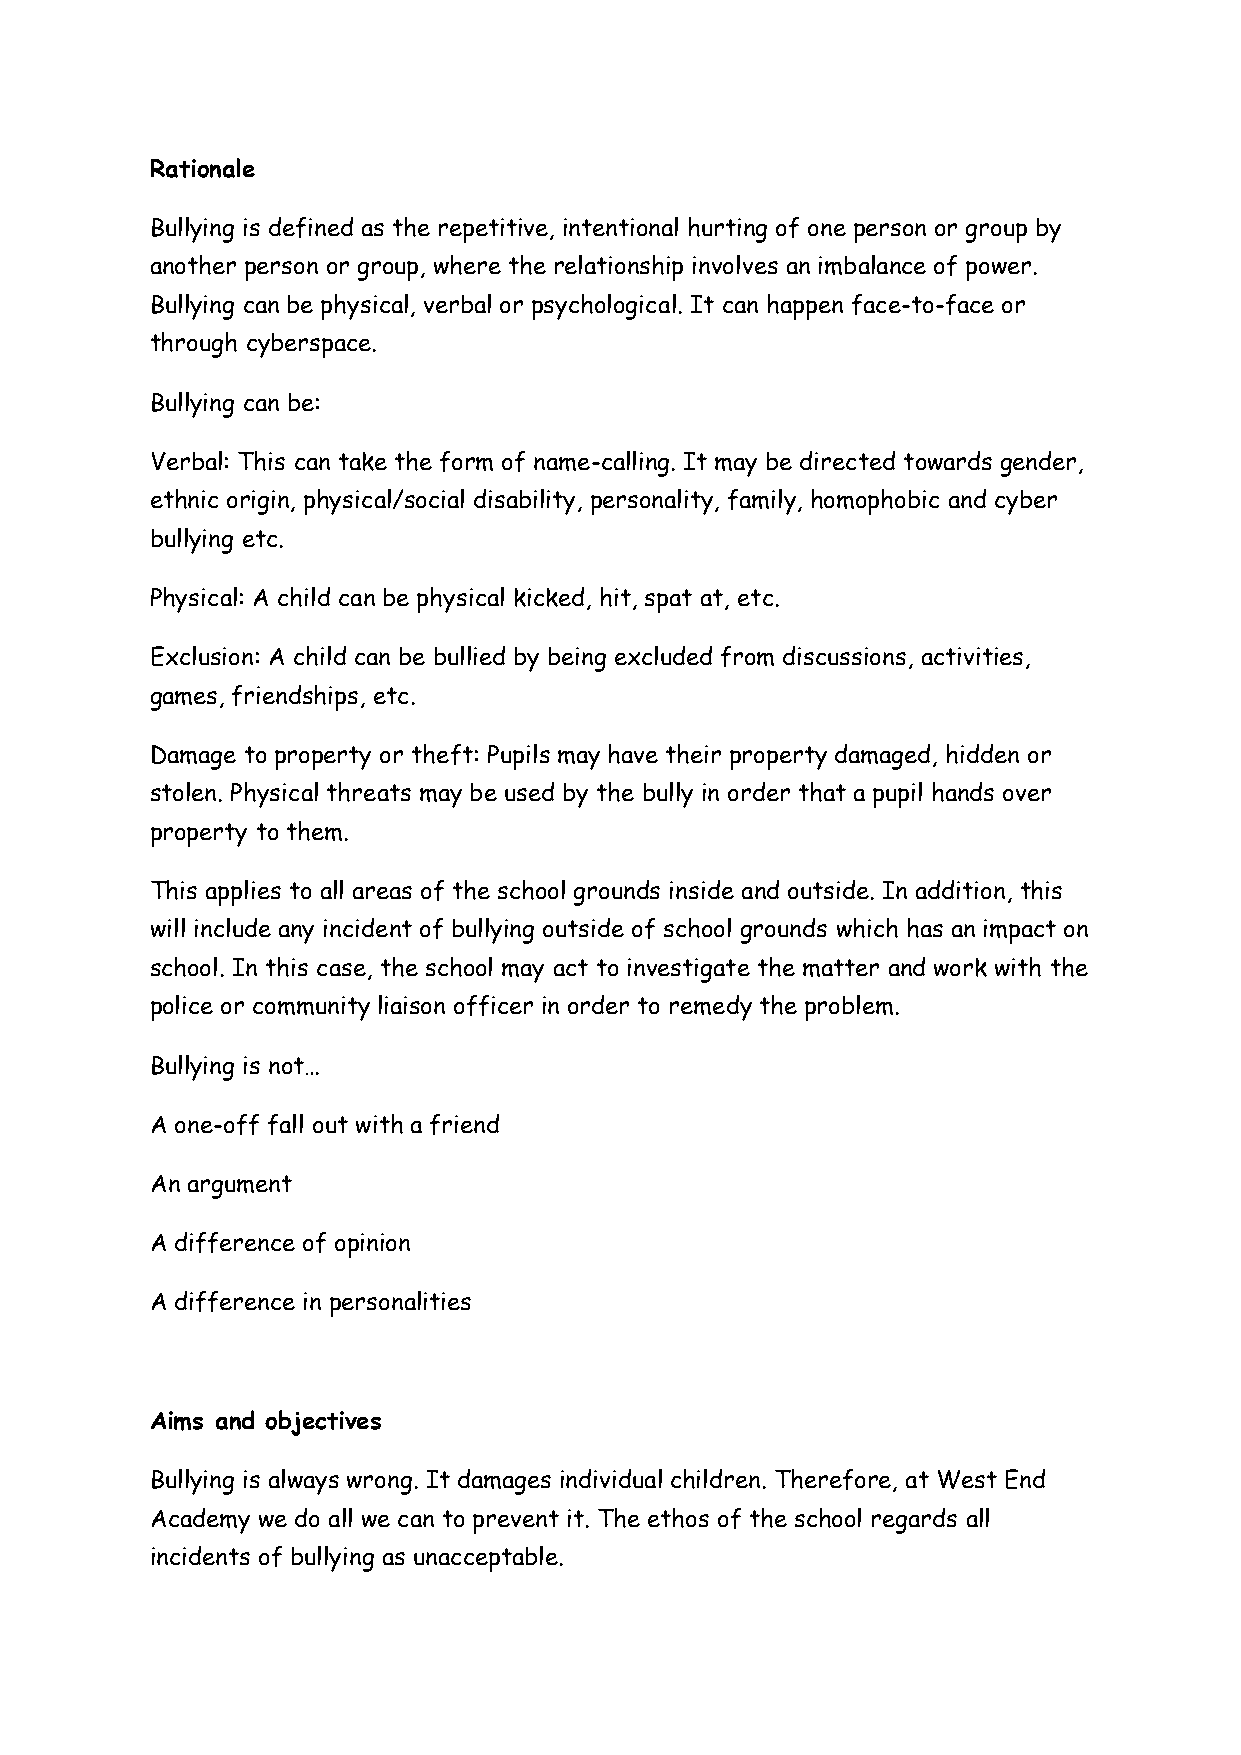
Rationale
 Bullying is defined as the repetitive, intentional hurting of one person or group by
 another person or group, where the relationship involves an imbalance of power.
 Bullying can be physical, verbal or psychological. It can happen face-to-face or
 through cyberspace.
 Bullying can be:
 Verbal: This can take the form of name-calling. It may be directed towards gender,
 ethnic origin, physical/social disability, personality, family, homophobic and cyber
 bullying etc.
 Physical: A child can be physical kicked, hit, spat at, etc.
 Exclusion: A child can be bullied by being excluded from discussions, activities,
 games, friendships, etc.
 Damage to property or theft: Pupils may have their property damaged, hidden or
 stolen. Physical threats may be used by the bully in order that a pupil hands over
 property to them.
 This applies to all areas of the school grounds inside and outside. In addition, this
 will include any incident of bullying outside of school grounds which has an impact on
 school. In this case, the school may act to investigate the matter and work with the
 police or community liaison officer in order to remedy the problem.
 Bullying is not…
 A one-off fall out with a friend
 An argument
 A difference of opinion
 A difference in personalities
 Aims and objectives
 Bullying is always wrong. It damages individual children. Therefore, at West End
 Academy we do all we can to prevent it. The ethos of the school regards all
 incidents of bullying as unacceptable.